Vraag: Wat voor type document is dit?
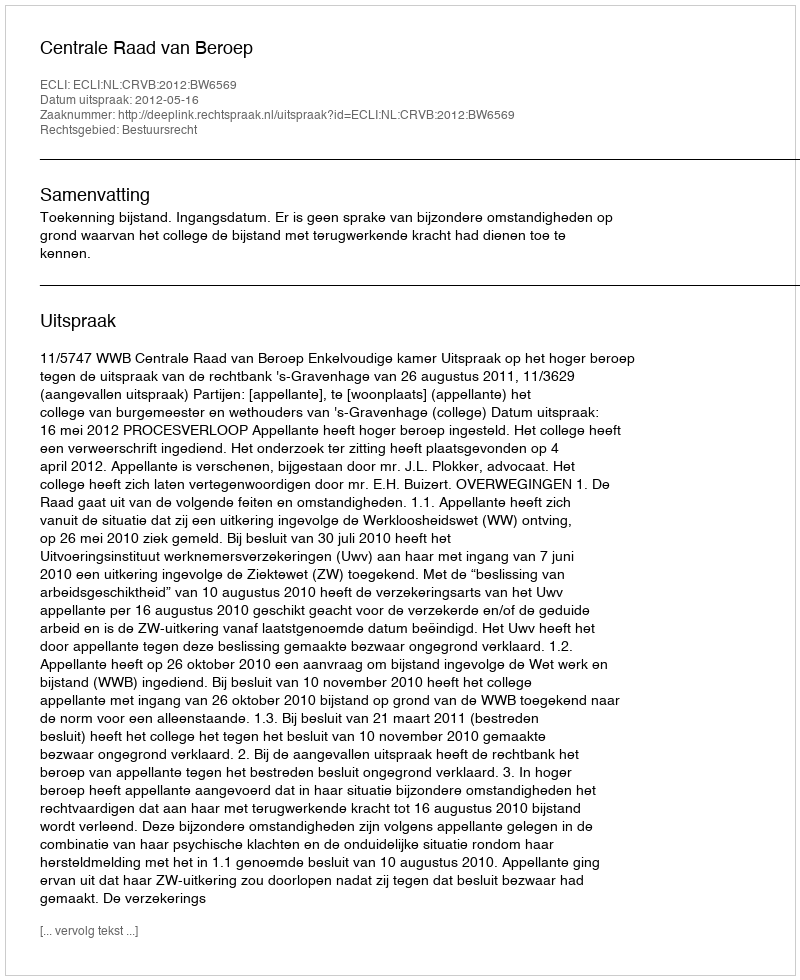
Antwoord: Uitspraak